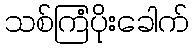
သစ်ကြံပိုးခေါက်